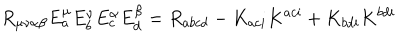
R _ { \mu \nu \alpha \beta } E _ { a } ^ { \mu } E _ { b } ^ { \nu } E _ { c } ^ { \alpha } E _ { d } ^ { \beta } = R _ { a b c d } - K _ { a c i } K ^ { a c i } + K _ { b d i } K ^ { b d i }